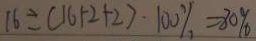
1 6 \div ( 1 6 + 2 + 2 ) \cdot 1 0 0 \% = 8 0 \%